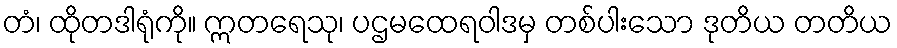
တံ၊ ထိုတဒါရုံကို။ ဣတရေသု၊ ပဌမထေရဝါဒမှ တစ်ပါးသော ဒုတိယ တတိယ